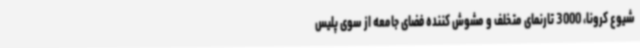
شیوع کرونا، 3000 تارنمای متخلف و مشوش کننده فضای جامعه از سوی پلیس